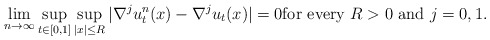
\begin{align*}\lim_{n\to\infty}\sup_{t\in[0,1]}\sup_{|x|\leq R}|\nabla^j u^n_t(x)-\nabla^ju_t(x)|=0\hbox{for every } R>0\hbox{ and } j=0,1.\end{align*}